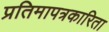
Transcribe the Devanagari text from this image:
प्रतिमापत्रकारिता